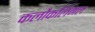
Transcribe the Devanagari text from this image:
कलौकलिमल